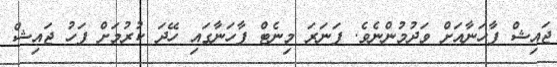
ޖައިޝް ފާހަނާއަށް ވަދުމުންނެވެ. ފަނަރަ މިނެޓް ފާހަނާގައި ހޭދަ ކުރުމަށް ފަހު ޖައިޝް